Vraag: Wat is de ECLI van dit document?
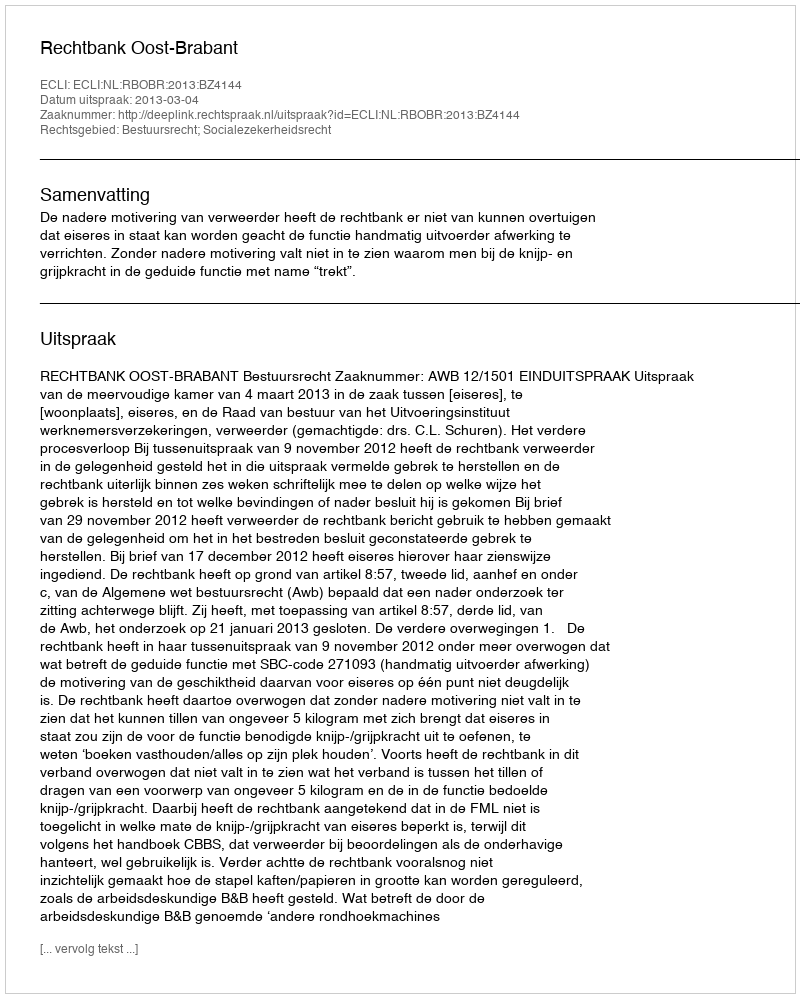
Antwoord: ECLI:NL:RBOBR:2013:BZ4144